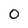
Character: 0